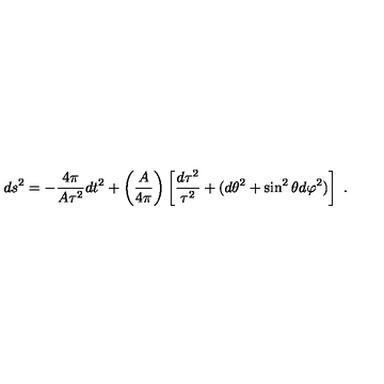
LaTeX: d s ^ { 2 } = - { \frac { 4 \pi } { A \tau ^ { 2 } } } d t ^ { 2 } + \left( { \frac { A } { 4 \pi } } \right) \left[ { \frac { d \tau ^ { 2 } } { \tau ^ { 2 } } } + ( d \theta ^ { 2 } + \sin ^ { 2 } \theta d \varphi ^ { 2 } ) \right] \ .